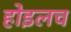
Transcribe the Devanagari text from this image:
होइलच